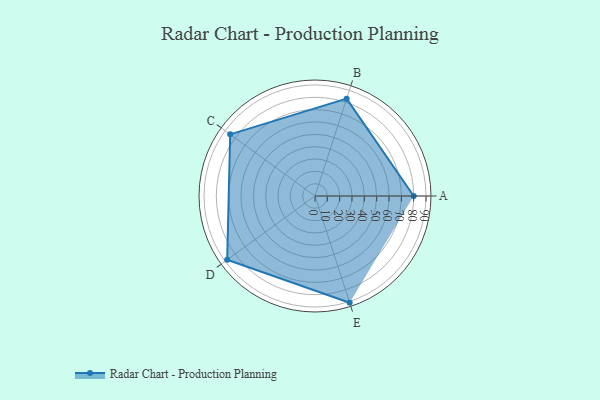
{"axis": {"x": "Skill", "y": "Score"}, "legend": ["Profile"], "data": [{"x": "A", "y": 80.0, "type": "Profile"}, {"x": "B", "y": 83.0, "type": "Profile"}, {"x": "C", "y": 85.0, "type": "Profile"}, {"x": "D", "y": 88.0, "type": "Profile"}, {"x": "E", "y": 91.0, "type": "Profile"}]}